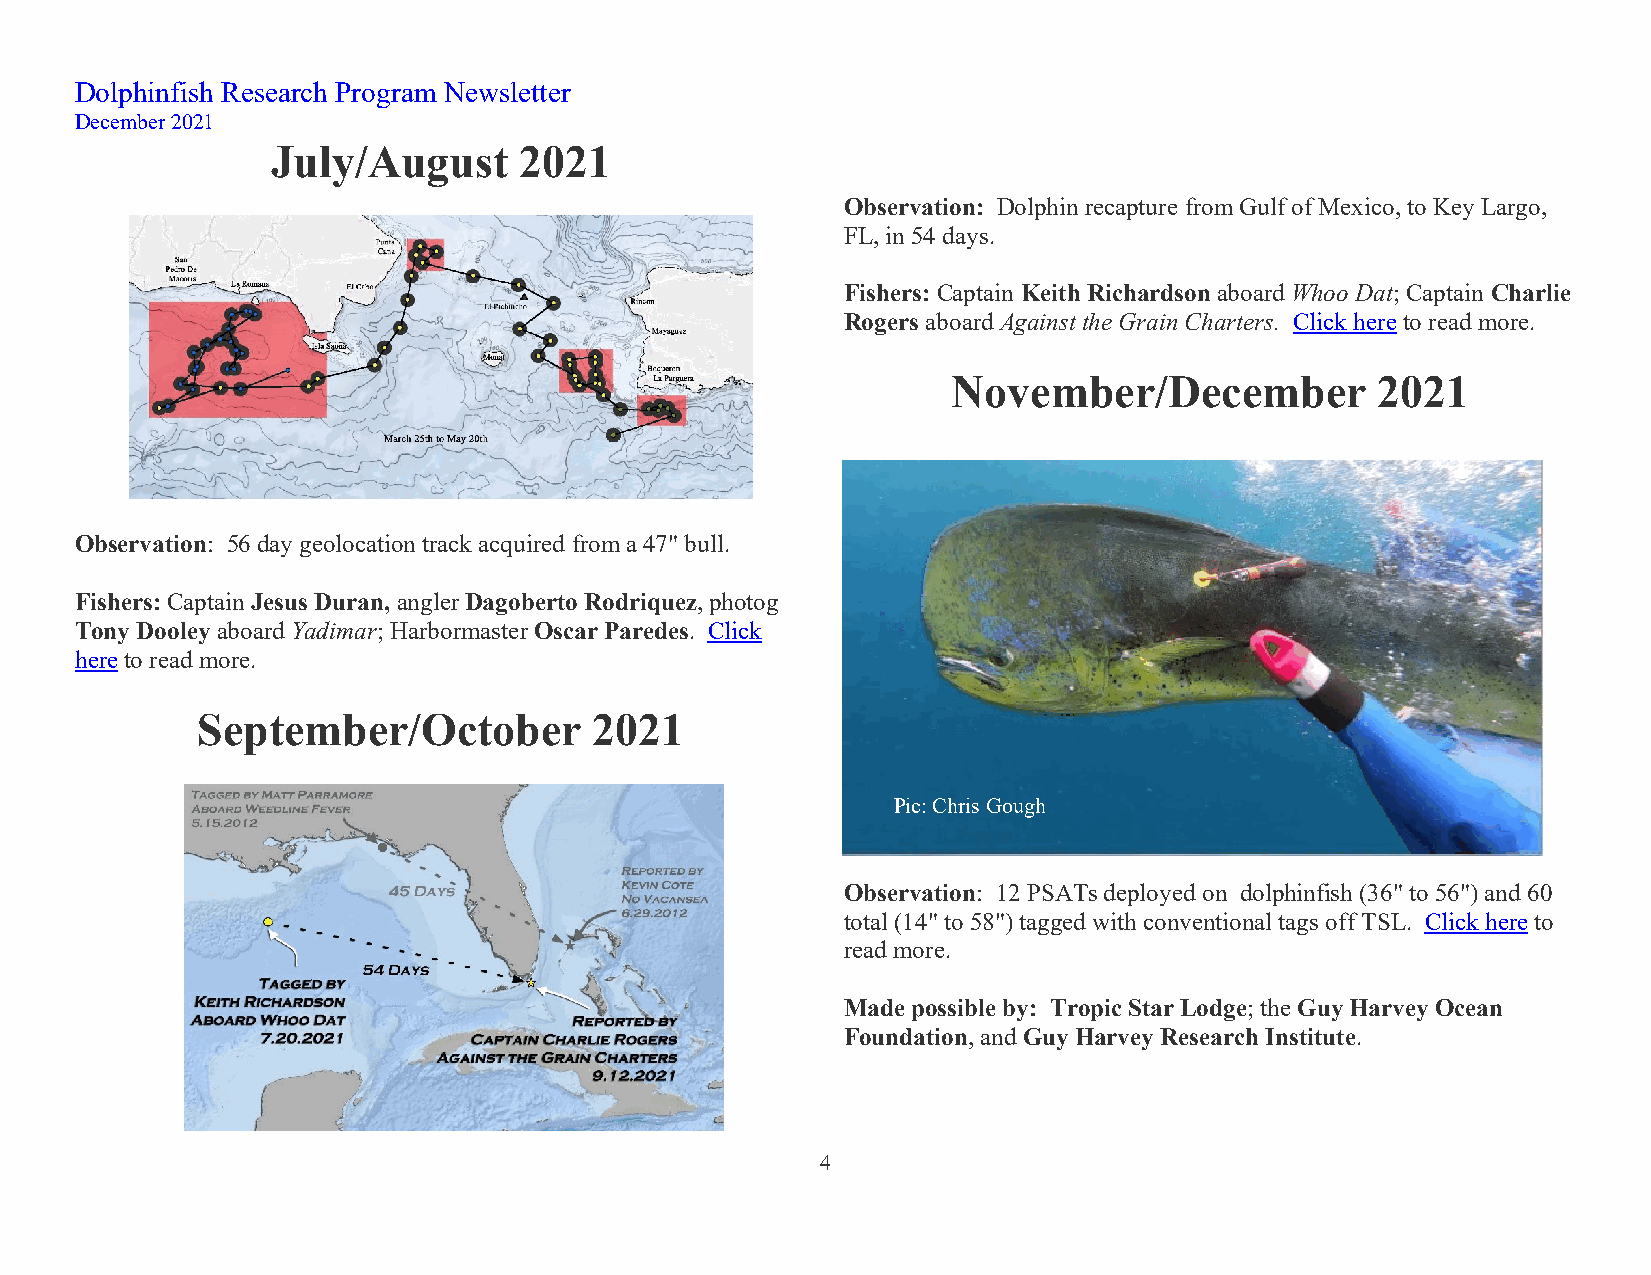
Dolphinfish Research Program Newsletter
 December 2021
 July/August     2021
 Observation: Dolphin recapture from Gulf of Mexico, to Key Largo,
 FL, in 54 days.
 Fishers: Captain Keith Richardson aboard Whoo Dat; Captain Charlie
 Rogers aboard Against the Grain Charters. Click here to read more.
 November/December           2021
 Observation: 56 day geolocation track acquired from a 47" bull.
 Fishers: Captain Jesus Duran, angler Dagoberto Rodriquez, photog
 Tony Dooley aboard Yadimar; Harbormaster Oscar Paredes. Click
 here to read more.
 September/October         2021
 Pic: Chris Gough
 Observation: 12 PSATs deployed on dolphinfish (36" to 56") and 60
 total (14" to 58") tagged with conventional tags off TSL. Click here to
 read more.
 Made possible by: Tropic Star Lodge; the Guy Harvey Ocean
 Foundation, and Guy Harvey Research Institute.
 4